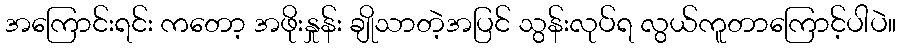
အကြောင်းရင်း ကတော့ အဖိုးနှုန်း ချိုသာတဲ့အပြင် သွန်းလုပ်ရ လွယ်ကူတာကြောင့်ပါပဲ။